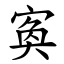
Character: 寏